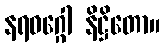
နရဝဂ္ဂေါ နိဋ္ဌိတော။